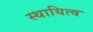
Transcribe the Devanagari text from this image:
स्थायित्‍व